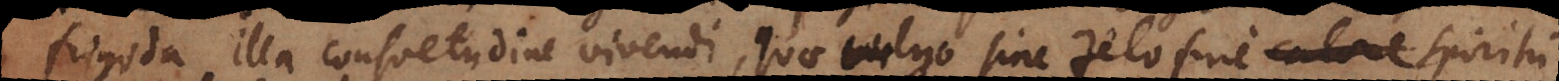
frigida illa consuetudine vivendi, quae vulgo sine zelo sine calore